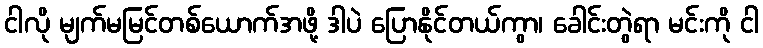
ငါလို မျက်မမြင်တစ်ယောက်အဖို့ ဒါပဲ ပြောနိုင်တယ်ကွာ၊ ခေါင်းတွဲရာ မင်းကို ငါ